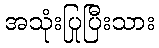
အသုံးပြုပြီးသား